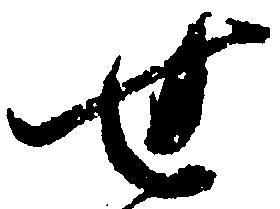
せ